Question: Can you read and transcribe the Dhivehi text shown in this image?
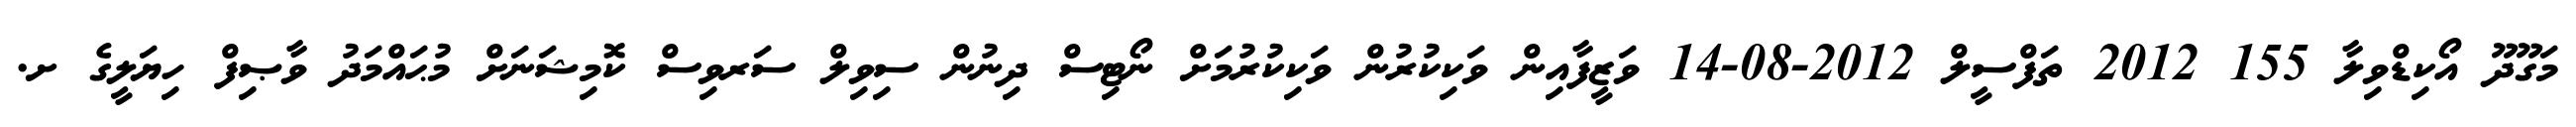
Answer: މަގޫދޫ އޯކިޑްވިލާ 155 2012 ތަފްސީލް 2012-08-14 ވަޒީފާއިން ވަކިކުރުން ވަކިކުރުމަށް ނޯޓިސް ދިނުން ސިވިލް ސަރވިސް ކޮމިޝަނަށް މުޙައްމަދު ވާޞިފް ހިޔަލީގެ ށ.